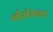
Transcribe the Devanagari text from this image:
गौरीशकर